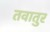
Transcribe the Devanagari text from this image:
तवातुर